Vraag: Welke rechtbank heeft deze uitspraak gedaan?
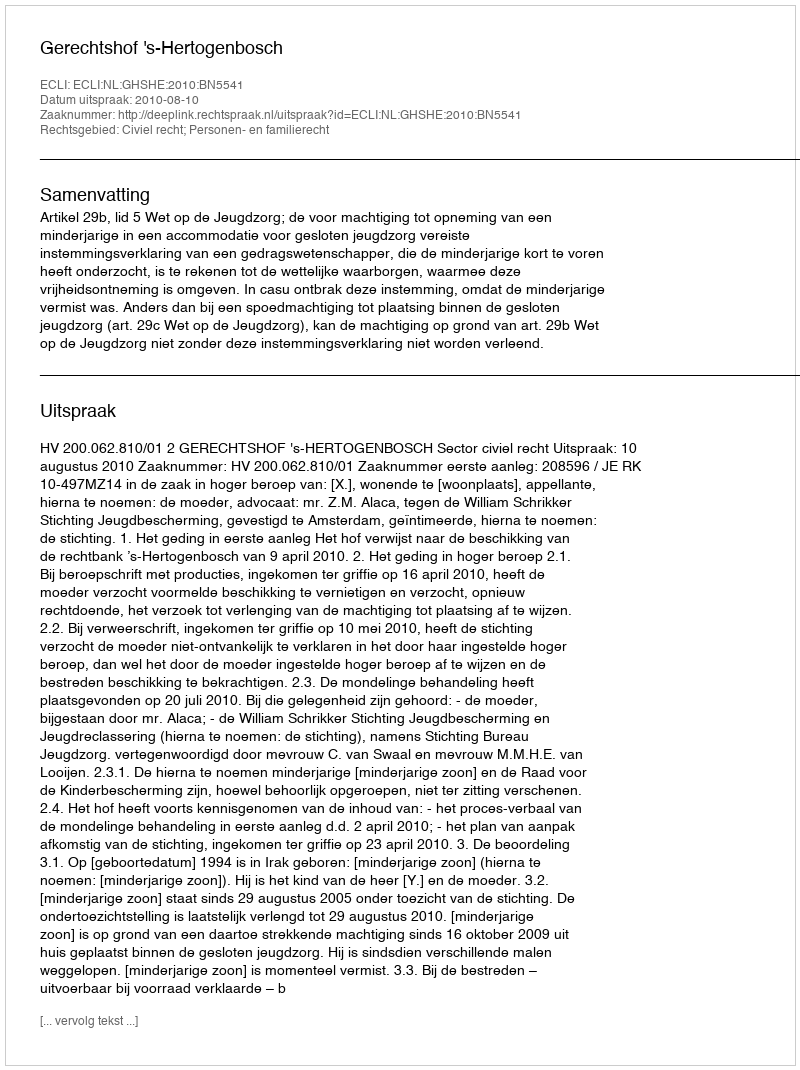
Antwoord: Gerechtshof 's-Hertogenbosch